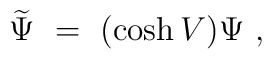
\widetilde \Psi\ =\ (\cosh V)\Psi\ ,